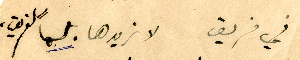
في فريق لا نريدها بلسما" لفريق